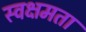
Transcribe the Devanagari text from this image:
स्वक्षमता